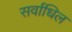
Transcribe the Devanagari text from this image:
सर्वाधिल